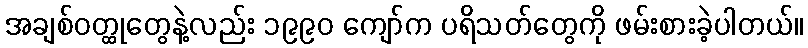
အချစ်ဝတ္ထုတွေနဲ့လည်း ၁၉၉၀ ကျော်က ပရိသတ်တွေကို ဖမ်းစားခဲ့ပါတယ်။